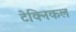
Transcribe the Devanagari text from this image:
टेक्‍िनकल